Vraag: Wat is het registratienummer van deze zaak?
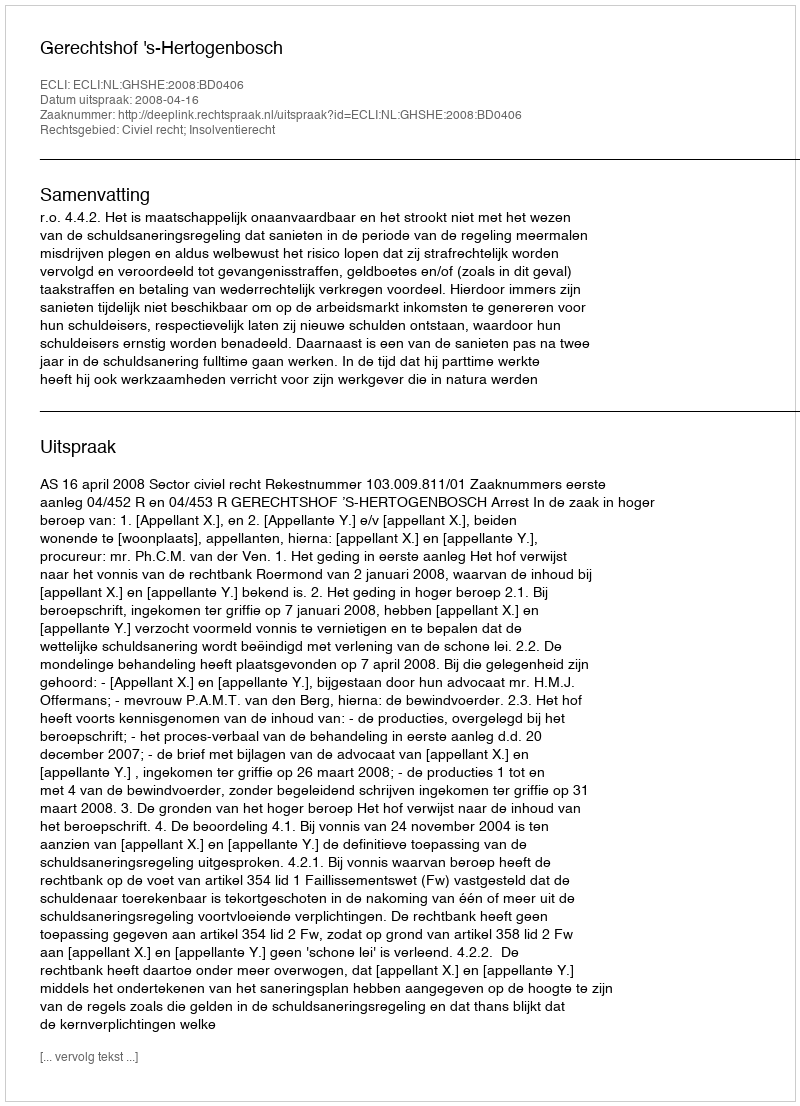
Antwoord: http://deeplink.rechtspraak.nl/uitspraak?id=ECLI:NL:GHSHE:2008:BD0406